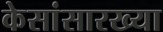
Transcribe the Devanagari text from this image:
केसांसारख्या